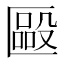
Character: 𠥝